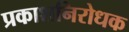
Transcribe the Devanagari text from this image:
प्रकाशनिरोधक